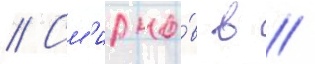
// См'ирно́в в //